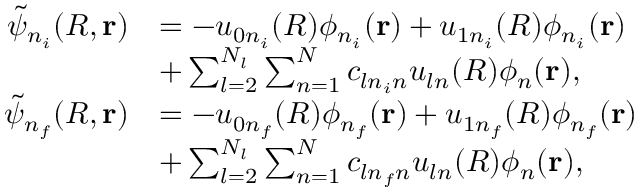
\begin{array} { r l } { \tilde { \psi } _ { n _ { i } } ( R , \mathbf { r } ) } & { = - u _ { 0 n _ { i } } ( R ) \phi _ { n _ { i } } ( \mathbf { r } ) + u _ { 1 n _ { i } } ( R ) \phi _ { n _ { i } } ( \mathbf { r } ) } \\ & { + \sum _ { l = 2 } ^ { N _ { l } } \sum _ { n = 1 } ^ { N } c _ { l n _ { i } n } u _ { l n } ( R ) \phi _ { n } ( \mathbf { r } ) , } \\ { \tilde { \psi } _ { n _ { f } } ( R , \mathbf { r } ) } & { = - u _ { 0 n _ { f } } ( R ) \phi _ { n _ { f } } ( \mathbf { r } ) + u _ { 1 n _ { f } } ( R ) \phi _ { n _ { f } } ( \mathbf { r } ) } \\ & { + \sum _ { l = 2 } ^ { N _ { l } } \sum _ { n = 1 } ^ { N } c _ { l n _ { f } n } u _ { l n } ( R ) \phi _ { n } ( \mathbf { r } ) , } \end{array}